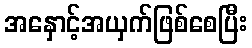
အနှောင့်အယှက်ဖြစ်စေပြီး